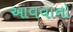
આવવાનો